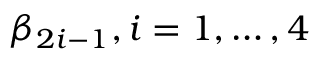
\beta _ { 2 i - 1 } , i = 1 , \ldots , 4